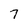
Character: 7